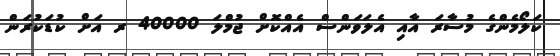
ކަލޯމެންގެ މުސާރަ އާއި އެލަވަންސް އެއްކޮށް ޖުމްލަ 40000 ރ އަށް ކުޑަކުރަން